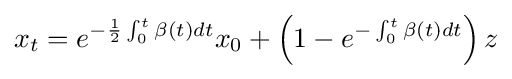
x_{t}=e^{-{\frac {1}{2}}\int _{0}^{t}\beta (t)dt}x_{0}+\left(1-e^{-\int _{0}^{t}\beta (t)dt}\right)z